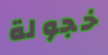
خجولة